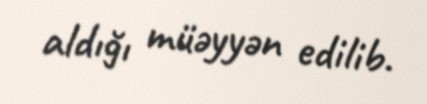
aldığı müəyyən edilib.